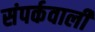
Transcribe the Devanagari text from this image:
संपर्कवाली